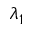
\lambda _ { 1 }